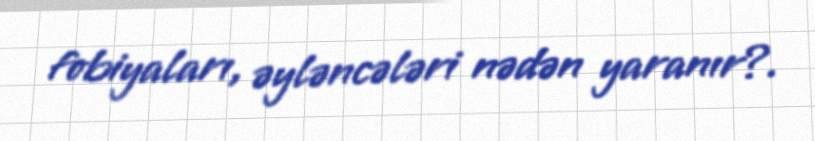
fobiyaları, əyləncələri nədən yaranır?.